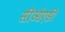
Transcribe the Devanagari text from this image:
सीओएडी